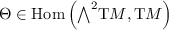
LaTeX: \Theta \in { \mathrm { H o m } } \left( { \textstyle \bigwedge } ^ { 2 } \mathrm { { T } } M , \mathrm { { T } } M \right)